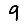
Digit: 9